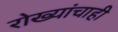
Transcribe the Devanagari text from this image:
रोख्यांचाही